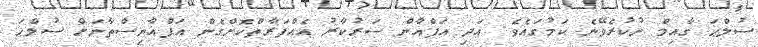
ސުލްޙަ ގާއިމް ނުކުރެވޭނެ ކަމުގައެވެ. އަދި އަފްޣާން ސަރުކާރު އެއްފަރާތްކޮށްގެން އަފްޣާނިސްތާނަށް ސުލްޙަ